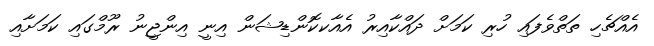
އެއްޗެހި ތަތްވެފައި ހުރި ކަމަށް ދައްކާއިރު އެއާކކޮންޑިޝަން އިނީ އިންޖީނު ރޫމްގައި ކަމަށާއި